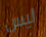
ليس